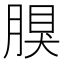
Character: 𦝳